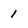
Character: 1